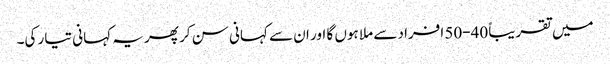
میں تقریباً 40-50 افراد سے ملا ہوں گا اور ان سے کہانی سن کر پھر یہ کہانی تیار کی۔